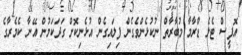
އޮފީސް ޓެލެ ޑްރާމާ މުބާރާތް ނުކުޅެންވެގެން ފިލައިގެން އުޅެނިކޮށް ގަދަކަމުން އޭނާ ކެމެރާގެ